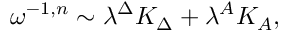
\omega ^ { - 1 , n } \sim \lambda ^ { \Delta } K _ { \Delta } + \lambda ^ { A } K _ { A } ,